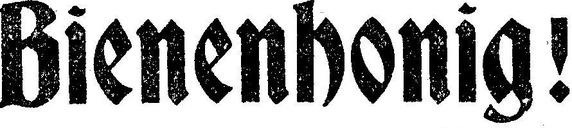
Bienenhonig!